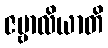
ဇမ္ဗာလိယာတိ